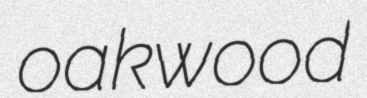
oakwood